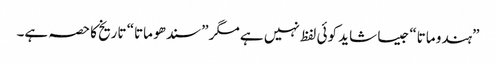
”ہندو ماتا“ جیسا شاید کوئی لفظ نہیں ہے مگر ”سندھو ماتا“ تاریخ کا حصہ ہے۔